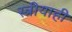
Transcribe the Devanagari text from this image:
स्त्रीयाही